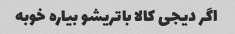
اگر دیجی کالا باتریشو بیاره خوبه